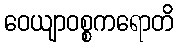
ဝေယျာဝစ္စကရောတိ